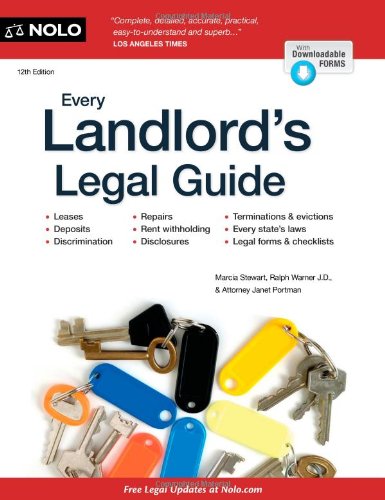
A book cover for Every Landlord's Legal Guide; Janet Portman; Business & Money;